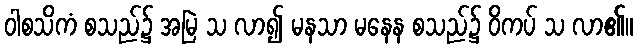
ဝါစသိကံ စသည်၌ အမြဲ သ လာ၍ မနသာ မနေန စသည်၌ ဝိကပ် သ လာ၏။